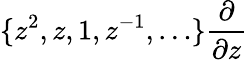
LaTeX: \{ z^{2},z,1,z^{-1},\ldots\} \frac{\partial}{\partial z}